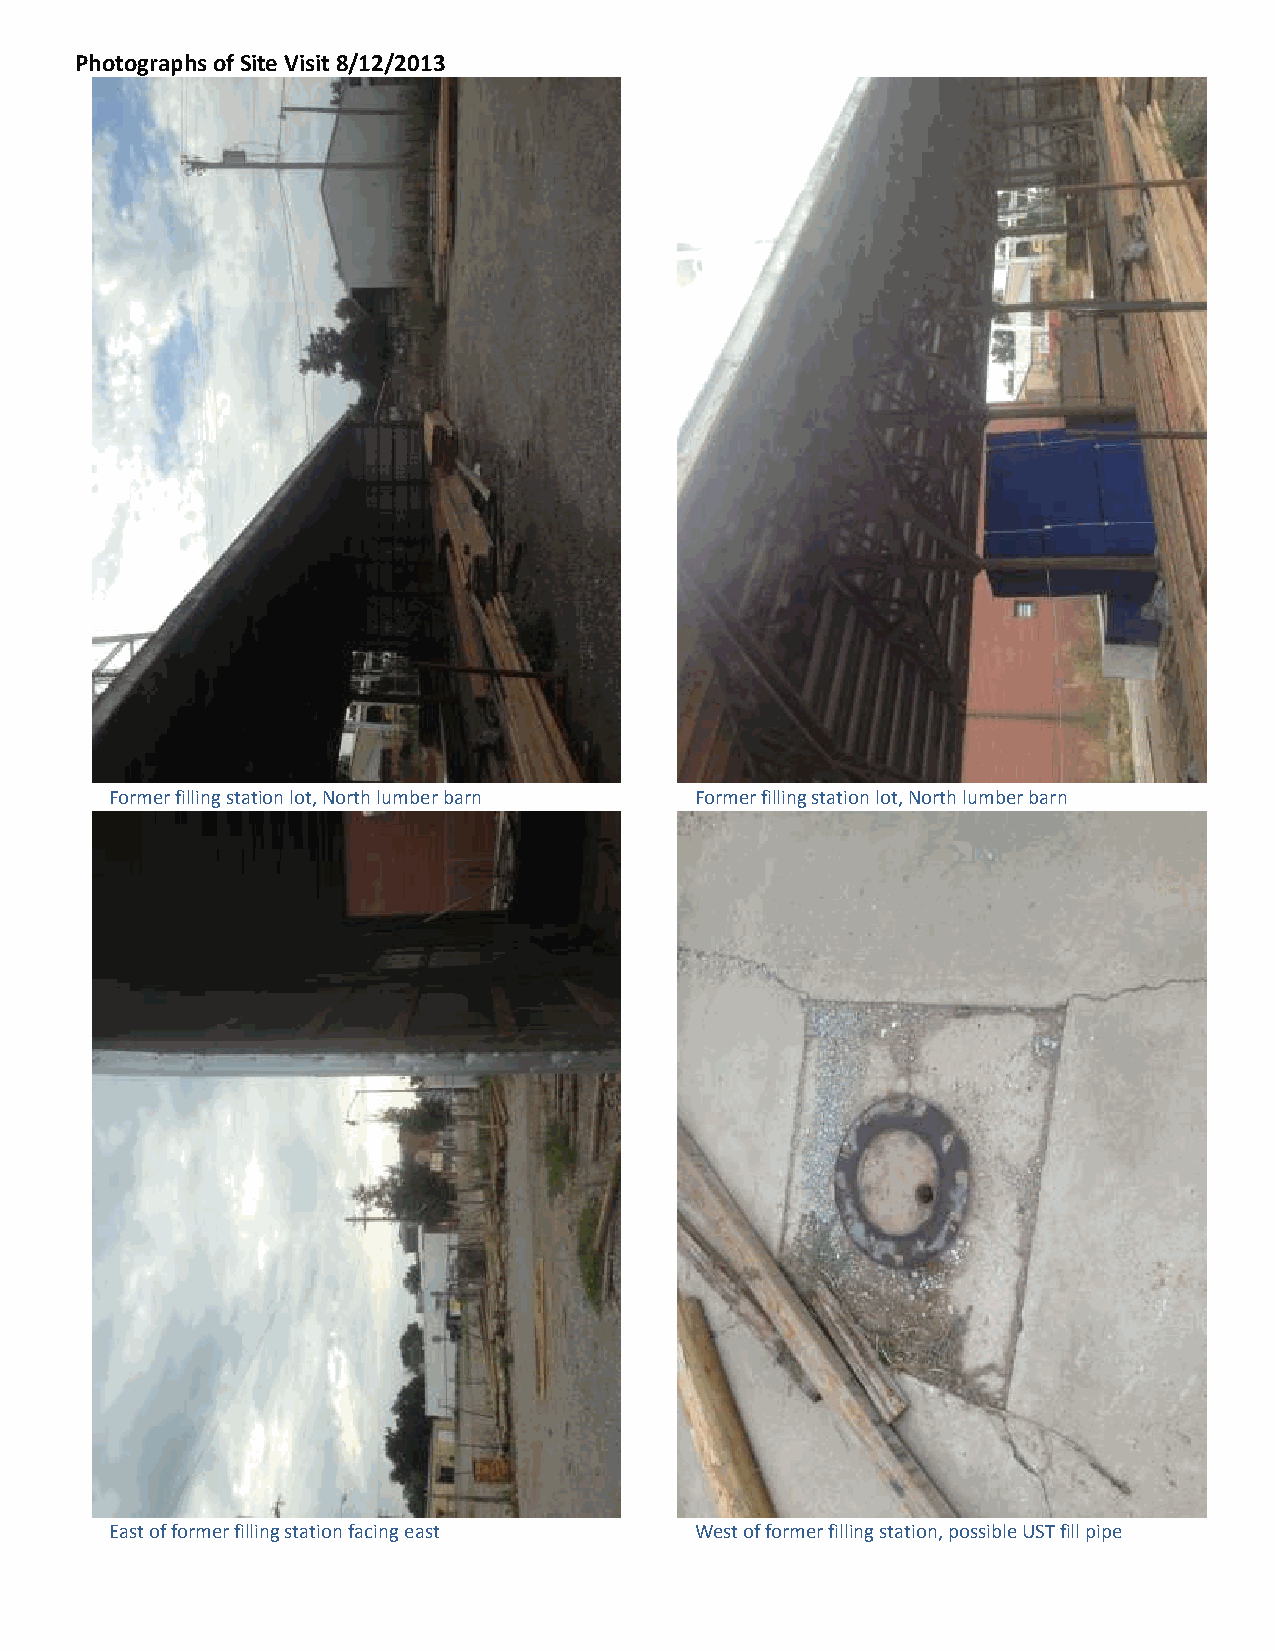
Photographs of Site Visit 8/12/2013
 Former filling station lot, North lumber barn Former filling station lot, North lumber barn
 East of former filling station facing east West of former filling station, possible UST fill pipe